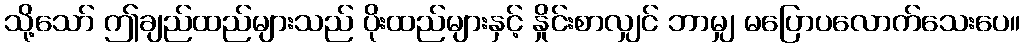
သို့သော် ဤချည်ထည်များသည် ပိုးထည်များနှင့် နှိုင်းစာလျှင် ဘာမျှ မပြောပလောက်သေးပေ။